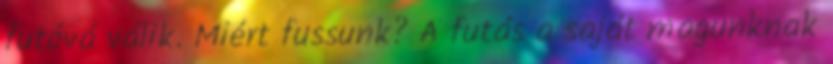
futóvá válik. Miért fussunk? A futás a saját magunknak